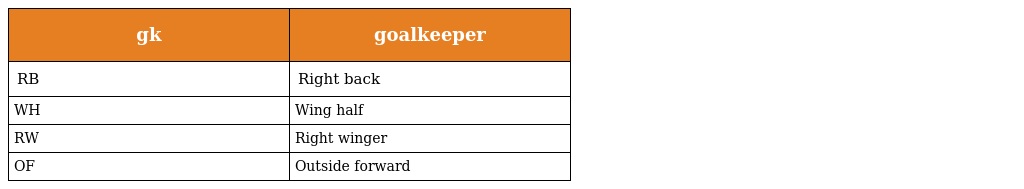
| gk | goalkeeper |
 | --- | --- |
 | RB | Right back |
 | WH | Wing half |
 | RW | Right winger |
 | OF | Outside forward |